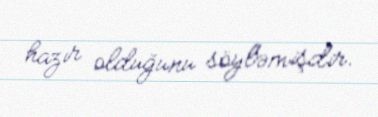
hazır olduğunu söyləmişdir.